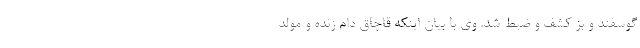
گوسفند و بز کشف و ضبط شد. وی با بیان اینکه قاچاق دام زنده و مولد